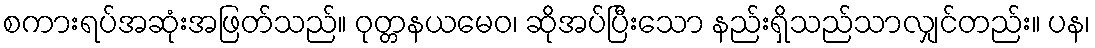
စကားရပ်အဆုံးအဖြတ်သည်။ ဝုတ္တနယမေဝ၊ ဆိုအပ်ပြီးသော နည်းရှိသည်သာလျှင်တည်း။ ပန၊